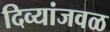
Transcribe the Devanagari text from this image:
दिव्यांजवळ